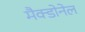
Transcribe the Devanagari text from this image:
मैक्डोनेल